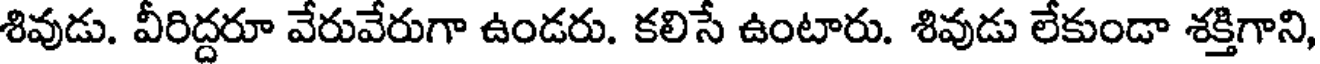
శివుడు. వీరిద్దరూ వేరువేరుగా ఉండరు. కలిసే ఉంటారు. శివుడు లేకుండా శక్తిగాని,